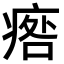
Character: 𤷑